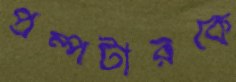
প্রম্পটারকে